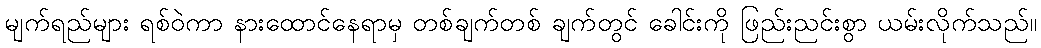
မျက်ရည်များ ရစ်ဝဲကာ နားထောင်နေရာမှ တစ်ချက်တစ် ချက်တွင် ခေါင်းကို ဖြည်းညင်းစွာ ယမ်းလိုက်သည်။